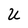
Character: U